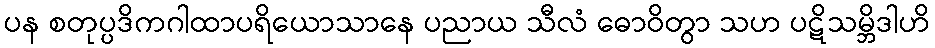
ပန စတုပ္ပဒိကဂါထာပရိယောသာနေ ပညာယ သီလံ ဓောဝိတွာ သဟ ပဋိသမ္ဘိဒါဟိ